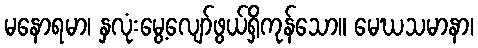
မနောရမာ၊ နှလုံးမွေ့လျော်ဖွယ်ရှိကုန်သော။ မေဃသမာနာ၊